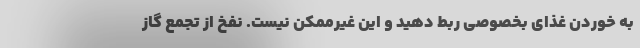
به خوردن غذای بخصوصی ربط دهید و این غیرممکن نیست. نفخ از تجمع گاز